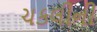
ચકલીની